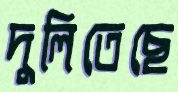
দুলিতেছে